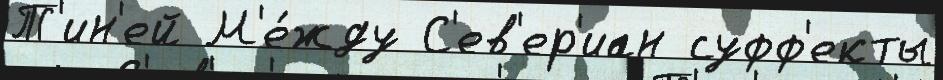
Т'ин'ей М'е́жду С'ев'ер'иан суфф'екты